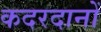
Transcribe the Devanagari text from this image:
कदरदानों